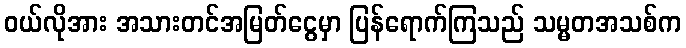
၀ယ်လိုအား အသားတင်အမြတ်ငွေမှာ ပြန်ရောက်ကြသည် သမ္မတအသစ်က